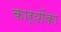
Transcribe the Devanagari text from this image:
कार्योंका